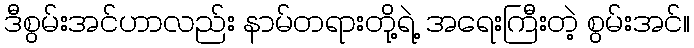
ဒီစွမ်းအင်ဟာလည်း နာမ်တရားတို့ရဲ့ အရေးကြီးတဲ့ စွမ်းအင်။